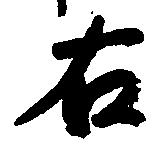
右